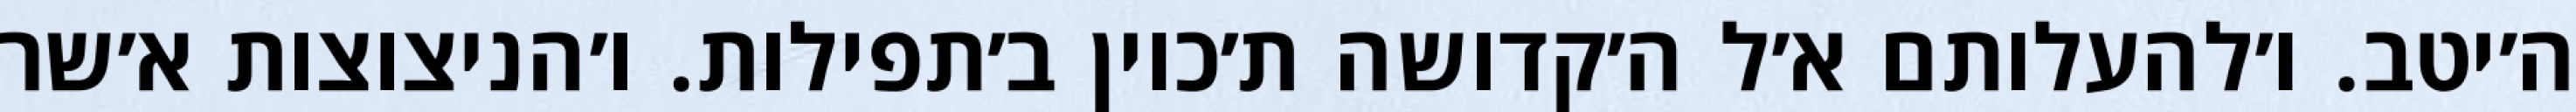
ה׳יטב. ו׳להעלותם א׳ל ה׳קדושה ת׳כוין ב׳תפילות. ו׳הניצוצות א׳שר